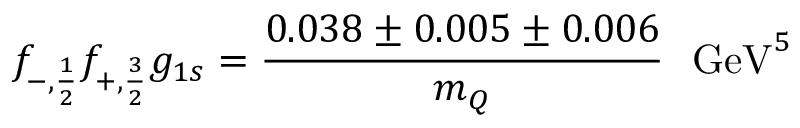
f _ { - , { \frac { 1 } { 2 } } } f _ { + , { \frac { 3 } { 2 } } } g _ { 1 s } = { \frac { 0 . 0 3 8 \pm 0 . 0 0 5 \pm 0 . 0 0 6 } { m _ { Q } } } ~ ~ \mathrm { G e V } ^ { 5 } \;